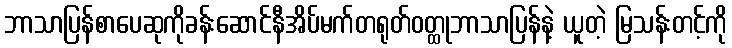
ဘာသာပြန်စာပေဆုကိုခန်းဆောင်နီအိပ်မက်တရုတ်ဝတ္ထုဘာသာပြန်နဲ့ ယူတဲ့ မြသန်းတင့်ကို